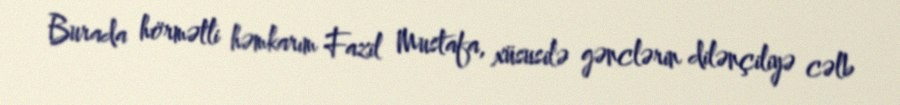
Burada hörmətli həmkarım Fazil Mustafa, xüsusilə gənclərin dilənçiliyə cəlb